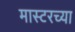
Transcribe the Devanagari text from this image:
मास्टरच्या